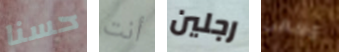
حسنا أنت رجلين مسعى